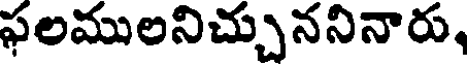
ఫలములనిచ్చుననినారు,